Problem: 6 × 3 = ?
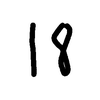
Handwritten answer: 18